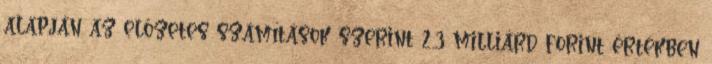
alapján az előzetes számítások szerint 2,3 milliárd forint értékben